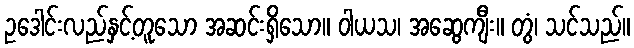
ဥဒေါင်းလည်နှင့်တူသော အဆင်းရှိသော။ ဝါယသ၊ အဆွေကျီး။ တွံ၊ သင်သည်။